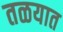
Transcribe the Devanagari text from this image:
तळयात